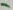
Text: 1